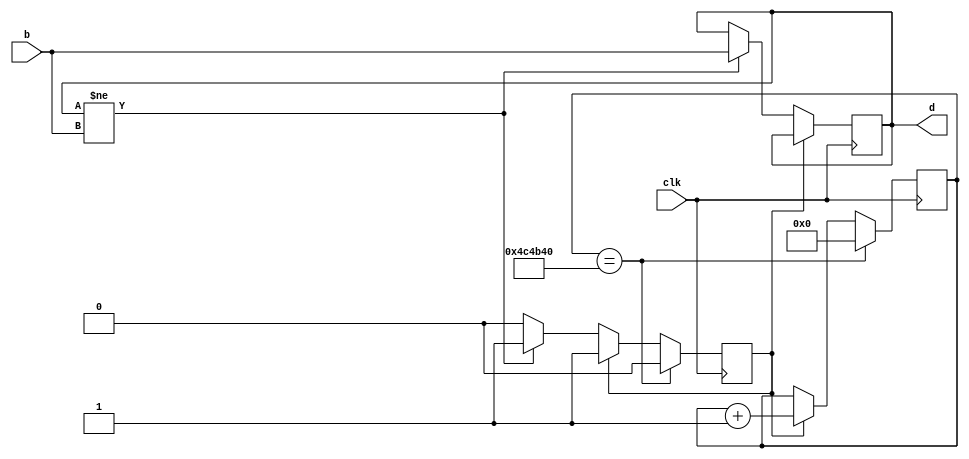
module debounce(clk, b, d);


// wait for change of state in button (0 to 1 or 1 to 0)
// when the state changes, relfect that change at the output and hold for 100 ms
// after 100ms, listen for new changes

// to implement a 100 ms timer, recall that the DE10-Lite clock operates at 50 Mhz
// that means there are 5000000 clock cycles in 100 ms
// we need a counter that counts up to 5000000

input clk; 			// clock
input b; 			// button signal from the board
output reg d = 0; 	// debounced output

reg [22:0] timer = 23'b0;			// log2(5000000) < 23
reg ignore = 0;						// ignore =  1 if we are waiting for the bounces to die down

always @(posedge clk) begin

// If i'm ignoring the button, then I should be incrementing the timer
// obviously if I'm ignoring the button, the output d shouldn't change
// but if I'm not ignoring the button (i.e. ready), then a change in b should be reflected in debounce
// and then we should activate "ignore" state

	if (ignore == 1) begin
		timer <= timer + 23'b1;
	end else if (d != b) begin
		 d <= b;
		 ignore <= 1;
	end

	// check whether the timer has run out
	
	if (timer  == 23'd5000000) begin
		timer <= 23'd0;
		ignore <= 0;
	end
end

endmodule